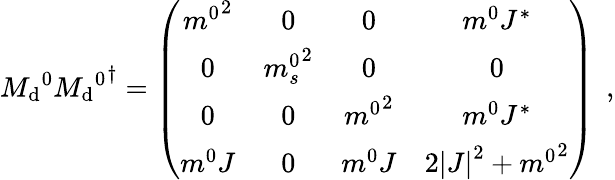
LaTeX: {M_{\mathrm{d}}}^{0}{{M_{\mathrm{d}}}^{0}}^{\dagger}=\left(\begin{array}{cccc}{{{m^{0}}^{2}}}&{{0}}&{{0}}&{{m^{0}J^{\ast}}}\\ {{0}}&{{{m_{s}^{0}}^{2}}}&{{0}}&{{0}}\\ {{0}}&{{0}}&{{{m^{0}}^{2}}}&{{m^{0}J^{\ast}}}\\ {{m^{0}J}}&{{0}}&{{m^{0}J}}&{{2\left|J\right|^{2}+{m^{0}}^{2}}}\end{array}\right)\: \: ,